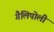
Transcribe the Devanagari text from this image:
गैलिपोली